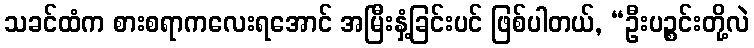
သခင်ထံက စားစရာကလေးရအောင် အမြီးနှံ့ခြင်းပင် ဖြစ်ပါတယ်, “ဦးပဉ္စင်းတို့လဲ